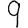
Digit: 9